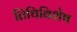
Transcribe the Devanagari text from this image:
तिथिविशेष